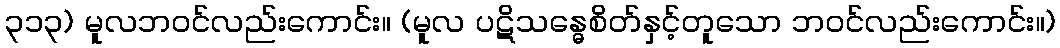
၃၁၃) မူလဘဝင်လည်းကောင်း။ (မူလ ပဋိသန္ဓေစိတ်နှင့်တူသော ဘဝင်လည်းကောင်း။)